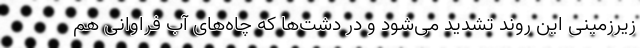
زیرزمینی این روند تشدید می‌شود و در دشت‌ها که چاه‌های آب فراوانی هم